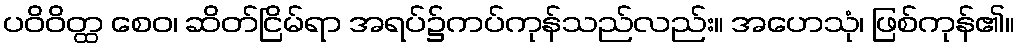
ပဝိဝိတ္ထ စေဝ၊ ဆိတ်ငြိမ်ရာ အရပ်၌ကပ်ကုန်သည်လည်း။ အဟေသုံ၊ ဖြစ်ကုန်၏။